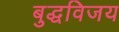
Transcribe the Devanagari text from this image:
बुद्धविजय